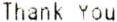
THANK YOU